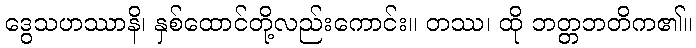
ဒွေသဟဿာနိ၊ နှစ်ထောင်တို့လည်းကောင်း။ တဿ၊ ထို ဘတ္တဘတိက၏။